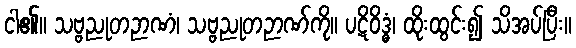
ငါ၏။ သဗ္ဗညုတဉာဏံ၊ သဗ္ဗညုတဉာဏ်ကို။ ပဋိဝိဒ္ဓံ၊ ထိုးထွင်း၍ သိအပ်ပြီး။